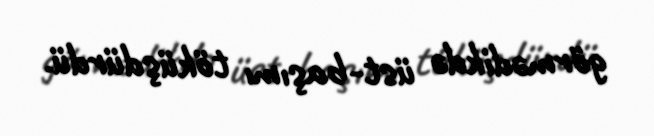
görmədikdə üst-başımı töküşdürdü.